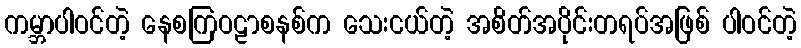
ကမ္ဘာပါဝင်တဲ့ နေစကြဝဠာစနစ်က သေးငယ်တဲ့ အစိတ်အပိုင်းတရပ်အဖြစ် ပါဝင်တဲ့